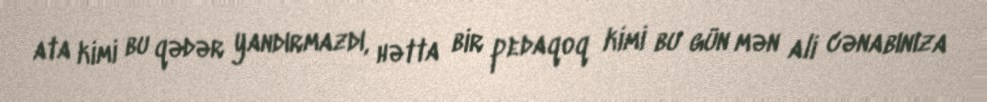
ata kimi bu qədər yandırmazdı, hətta bir pedaqoq kimi bu gün mən ali cənabınıza